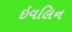
ઇવલિન